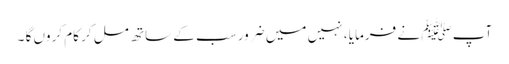
آپ ﷺ نے فرمایا ، نہیں میں ضرور سب کے ساتھ مل کر کام کروں گا ۔